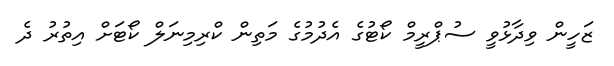
ޒަހީން ވިދާޅުވީ ސުޕްރީމް ކޯޓުގެ އެދުމުގެ މަތިން ކްރިމިނަލް ކޯޓަށް އިތުރު ދެ